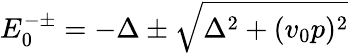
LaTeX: E_{0}^{-\pm}=-\Delta\pm\sqrt{\Delta^{2}+(v_{0}p)^{2}}